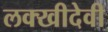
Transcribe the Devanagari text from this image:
लक्खीदेवी